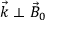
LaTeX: { \vec { k } } \perp { \vec { B } } _ { 0 }